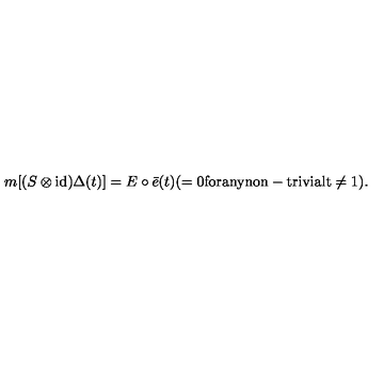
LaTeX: m [ ( S \otimes \mathrm { i d } ) \Delta ( t ) ] = E \circ \bar { e } ( t ) ( = 0 \mathrm { f o r a n y n o n - t r i v i a l t \not = 1 } ) .